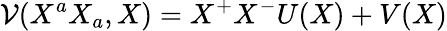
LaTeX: \mathcal{V}(X^{a}X_{a},X)=X^{+}X^{-}U(X)+V(X)